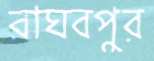
রাঘবপুর